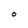
Character: O